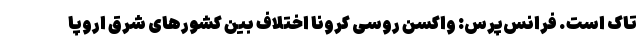
تاک است. فرانس‌پرس: واکسن روسی کرونا اختلاف بین کشورهای شرق اروپا